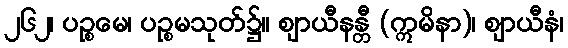
၂၆၂၊ ပဉ္စမေ၊ ပဉ္စမသုတ်၌။ ဈာယီနန္တီ (ဣမိနာ)၊ ဈာယီနံ၊